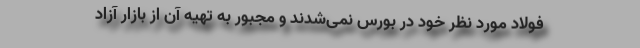
فولاد مورد نظر خود در بورس نمی‌شدند و مجبور به تهیه آن از بازار آزاد